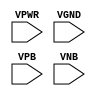
module sky130_fd_sc_hdll__tapvgnd (
    VPWR,
    VGND,
    VPB ,
    VNB
);

    input VPWR;
    input VGND;
    input VPB ;
    input VNB ;
endmodule